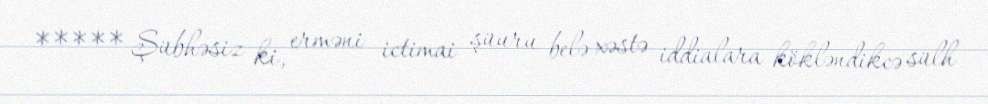
***** Şübhəsiz ki, erməni ictimai şüuru belə xəstə iddialara kökləndikcə sülh